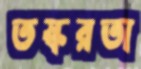
তস্করতা